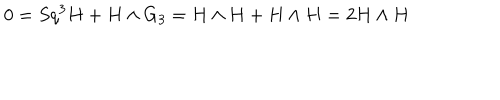
LaTeX: 0 = S q ^ { 3 } H + H \wedge G _ { 3 } = H \wedge H + H \wedge H = 2 H \wedge H